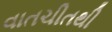
વાતચીતથી